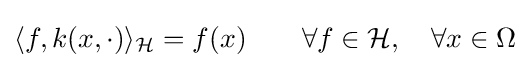
\langle f,k(x,\cdot )\rangle _{\mathcal {H}}=f(x)\qquad \forall f\in {\mathcal {H}},\quad \forall x\in \Omega